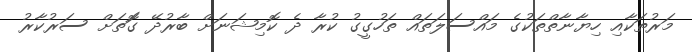
މަރުތަކާއި ހިޔާނާތްތަކުގެ މައްސަލަތައް ތަހުގީގު ކުރާ ދެ ކޮމިޝަނަށް ބާރުދޭ ގޮަތަށް ސަރުކާރު